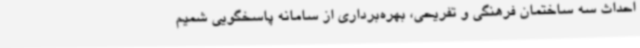
احداث سه ساختمان فرهنگی و تفریحی، بهره‌برداری از سامانه پاسخگویی شمیم